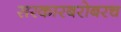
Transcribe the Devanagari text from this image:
सरकारबरोबरच